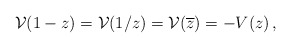
\begin{align*}{\cal V}(1-z)={\cal V}(1/z)={\cal V}(\overline{z})=-V(z)\,,\end{align*}